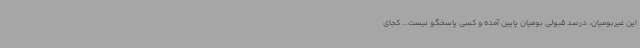
این غیربومیان، درصد قبولی بومیان پایین آمده و کسی پاسخگو نیست... کجای